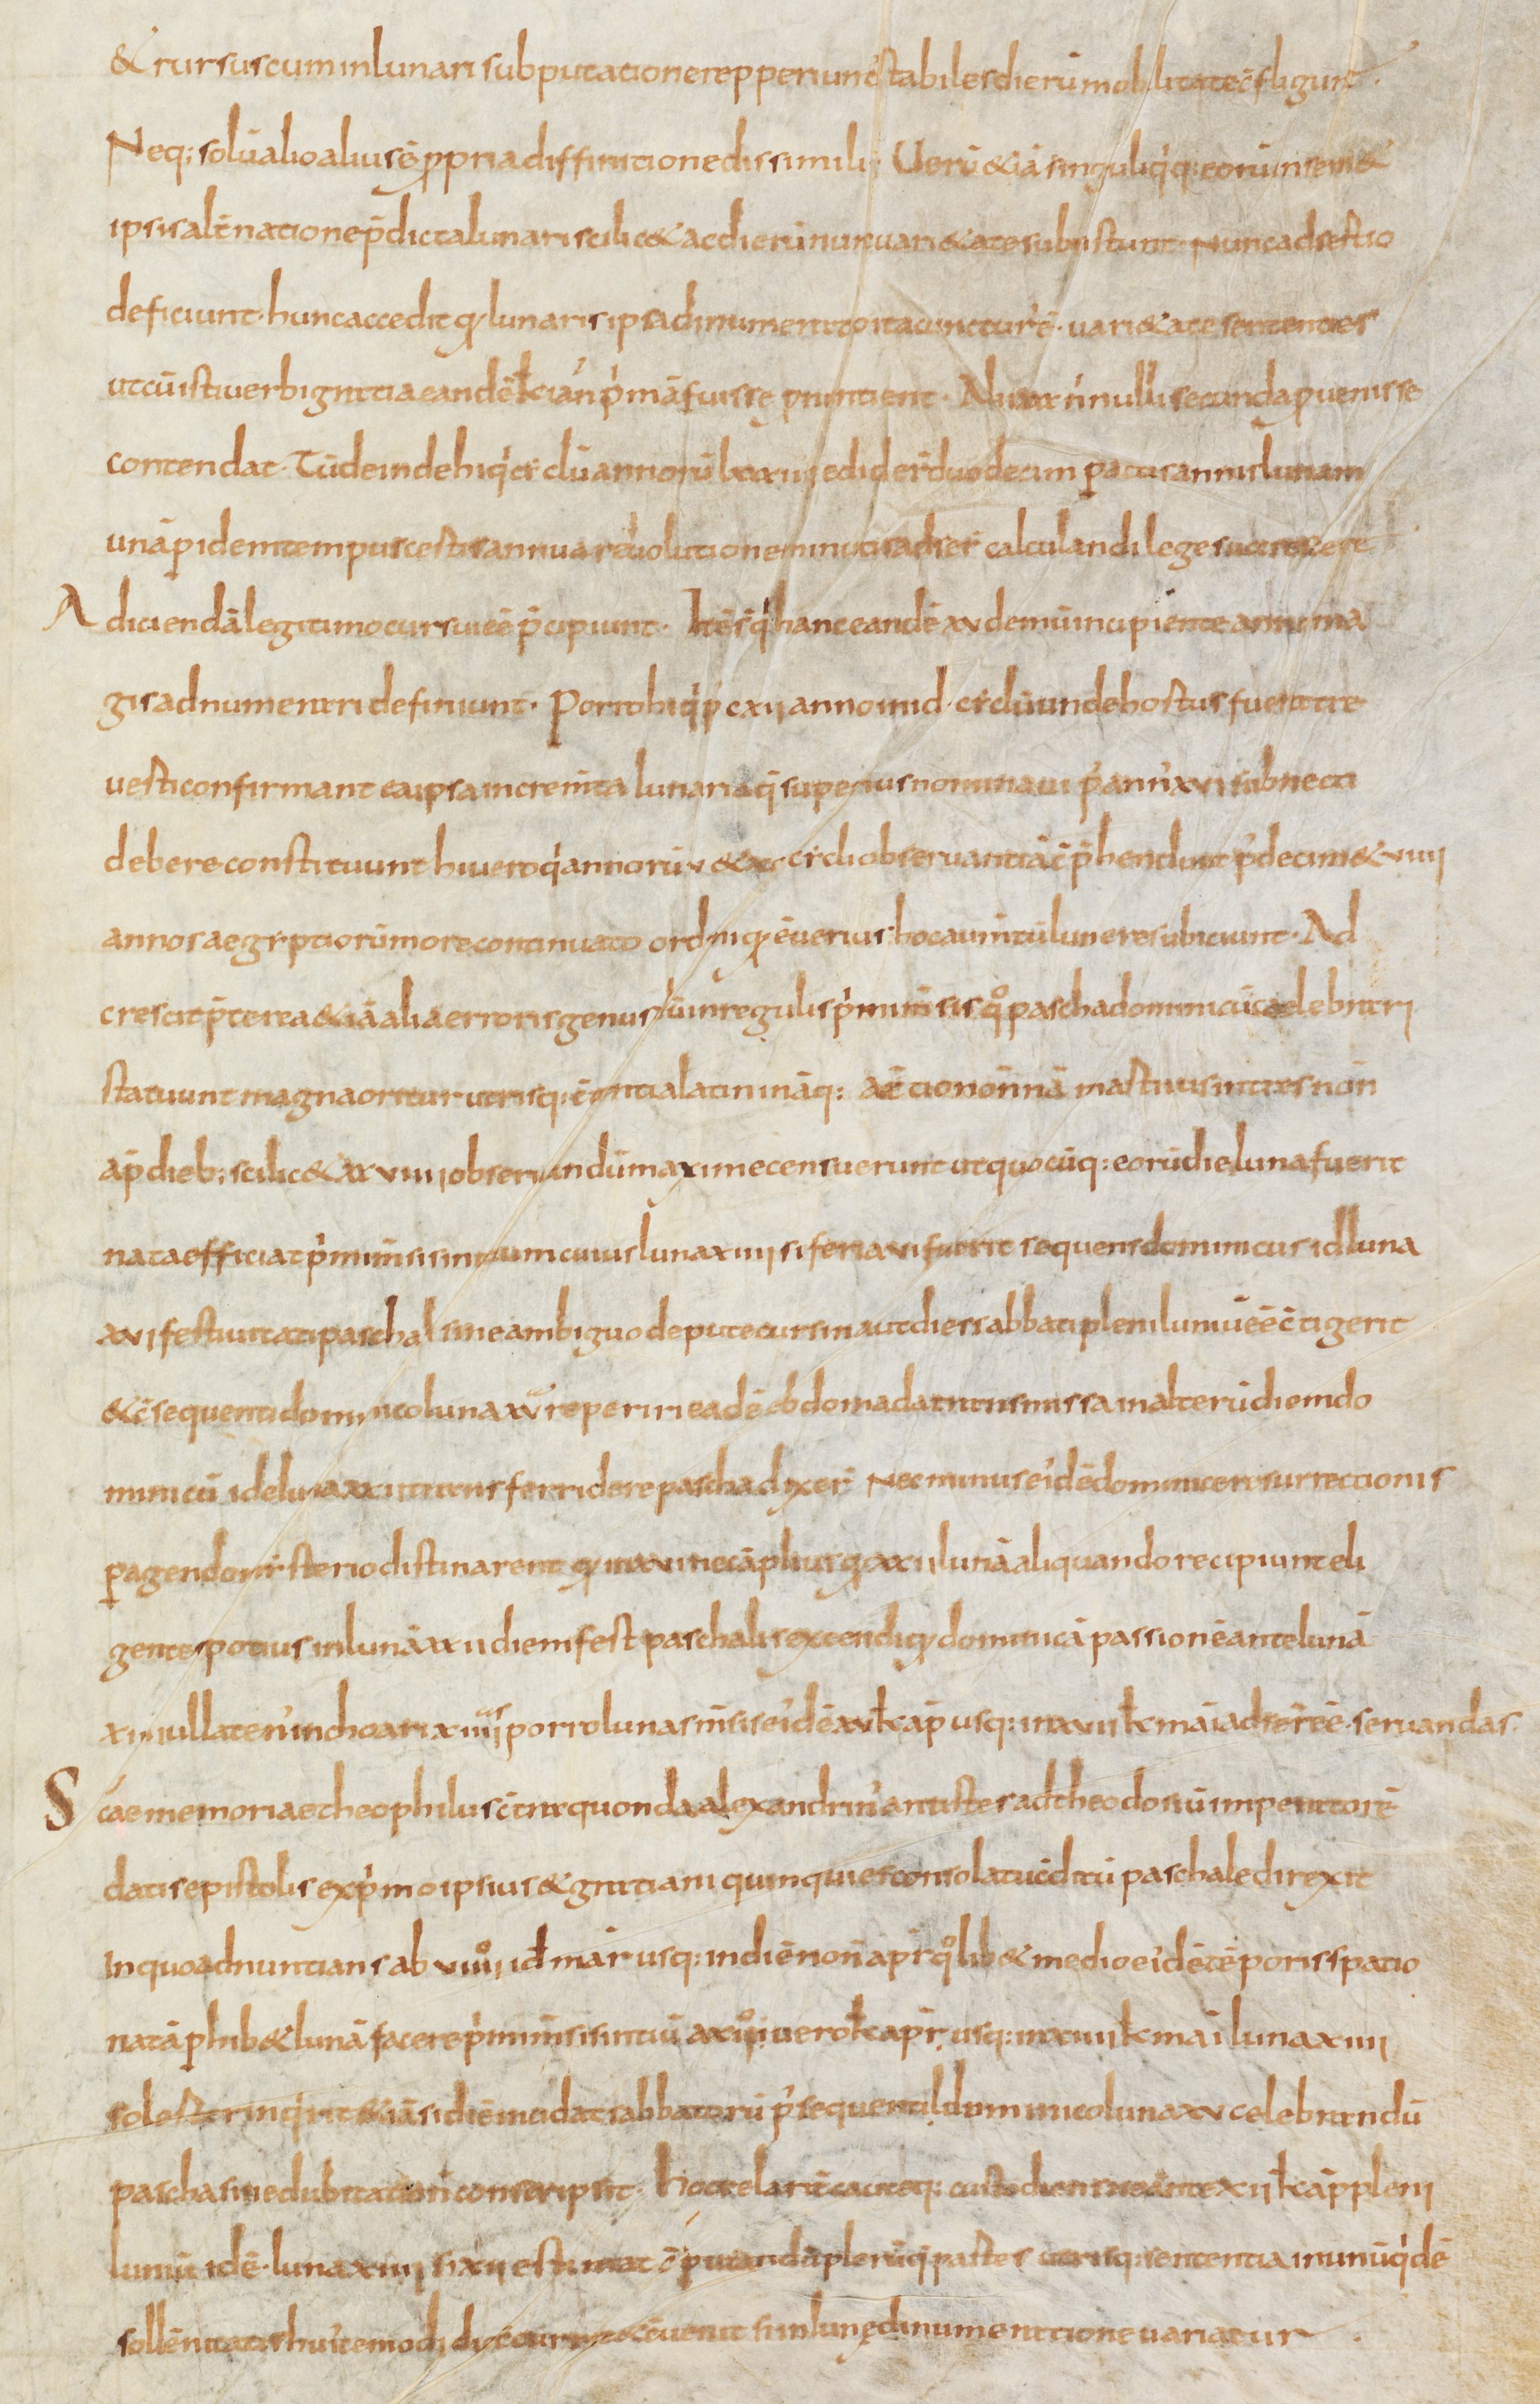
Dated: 810–840